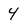
Character: 4